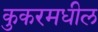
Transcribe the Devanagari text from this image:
कुकरमधील